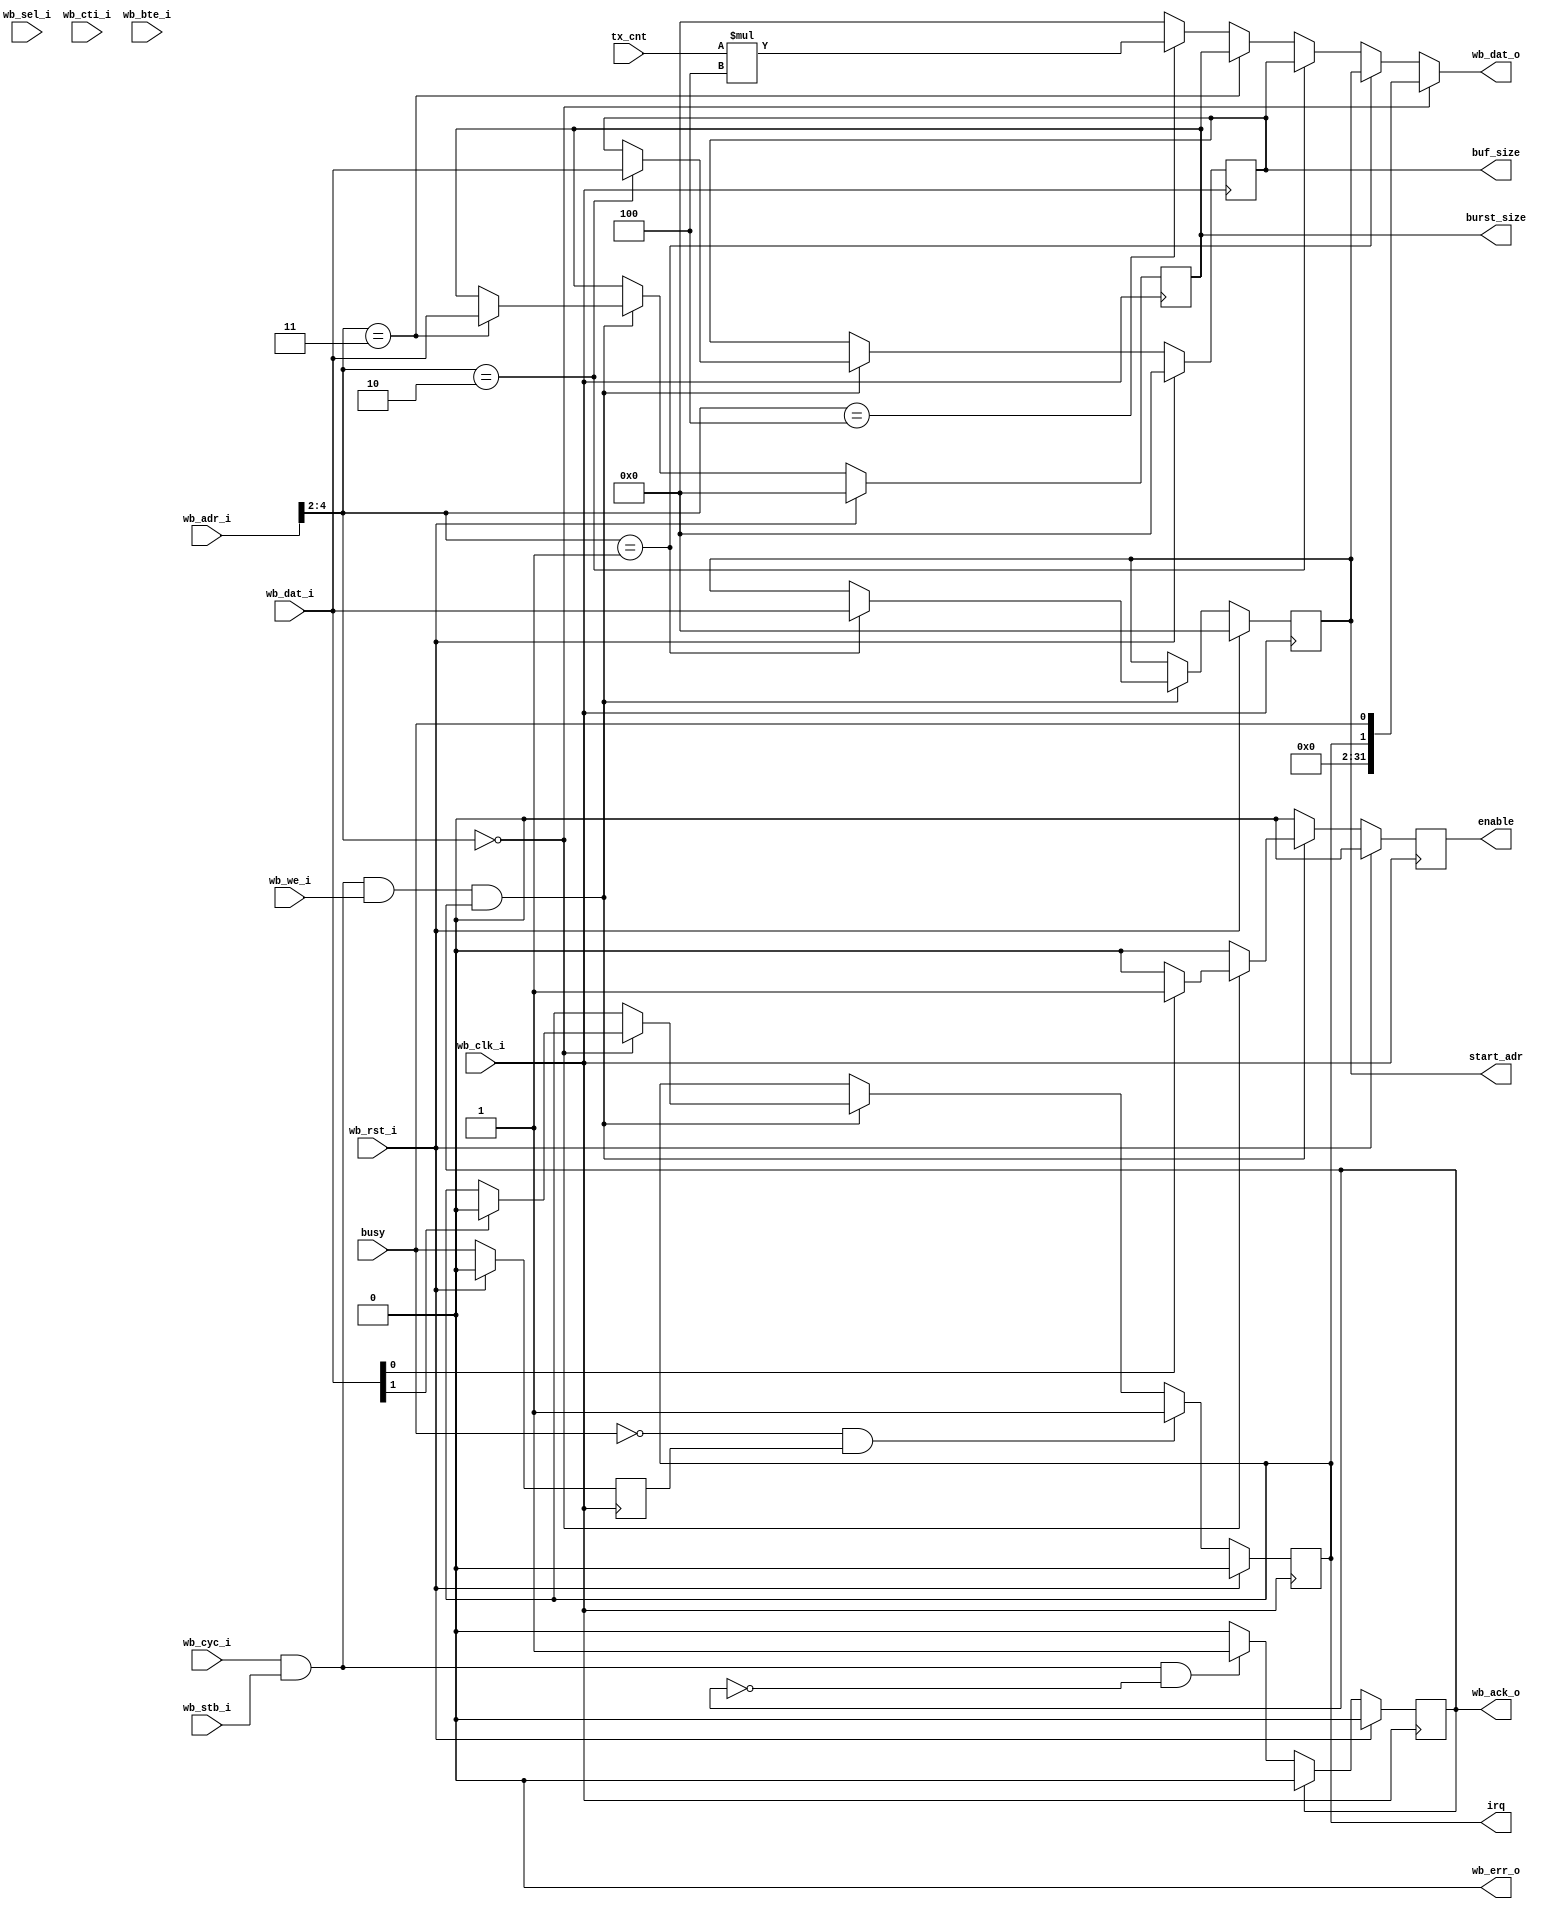
module wb_stream_writer_cfg
  #(parameter WB_AW = 32,
    parameter WB_DW = 32)
  (
   input                  wb_clk_i,
   input                  wb_rst_i,
   //Wishbone IF
   input [4:0]            wb_adr_i,
   input [WB_DW-1:0]      wb_dat_i,
   input [WB_DW/8-1:0]    wb_sel_i,
   input                  wb_we_i ,
   input                  wb_cyc_i,
   input                  wb_stb_i,
   input [2:0]            wb_cti_i,
   input [1:0]            wb_bte_i,
   output [WB_DW-1:0]     wb_dat_o,
   output reg             wb_ack_o,
   output                 wb_err_o,
   //Application IF
   output reg             irq,
   input                  busy,
   output reg             enable,
   input [WB_DW-1:0]      tx_cnt,
   output reg [WB_AW-1:0] start_adr,
   output reg [WB_AW-1:0] buf_size,
   output reg [WB_AW-1:0] burst_size);

   reg 			  busy_r;
   always @(posedge wb_clk_i)
     if (wb_rst_i)
       busy_r <= 0;
     else
       busy_r <= busy;

   // Read
   assign wb_dat_o = wb_adr_i[4:2] == 0 ? {{(WB_DW-2){1'b0}}, irq, busy} :
		     wb_adr_i[4:2] == 1 ? start_adr :
                     wb_adr_i[4:2] == 2 ? buf_size :
                     wb_adr_i[4:2] == 3 ? burst_size :
                     wb_adr_i[4:2] == 4 ? tx_cnt*4 :
                     0;

   always @(posedge wb_clk_i) begin
      // Ack generation
      if (wb_ack_o)
	wb_ack_o <= 0;
      else if (wb_cyc_i & wb_stb_i & !wb_ack_o)
	wb_ack_o <= 1;

      //Read/Write logic
      enable <= 0;
      if (wb_stb_i & wb_cyc_i & wb_we_i & wb_ack_o) begin
	 case (wb_adr_i[4:2])
	   0 : begin
	      if (wb_dat_i[0]) enable <= 1;
	      if (wb_dat_i[1]) irq <= 0;
	   end
	   1 : start_adr <= wb_dat_i;
	   2 : buf_size  <= wb_dat_i;
	   3 : burst_size <= wb_dat_i;
	   default : ;
	 endcase
      end

      // irq logic, signal on falling edge of busy
      if (!busy & busy_r)
	irq <= 1;

      if (wb_rst_i) begin
	 wb_ack_o   <= 0;
	 enable     <= 1'b0;
	 start_adr  <= 0; 
	 buf_size   <= 0;
	 burst_size <= 0;
	 irq <= 0;
      end
   end
   assign wb_err_o = 0;

endmodule